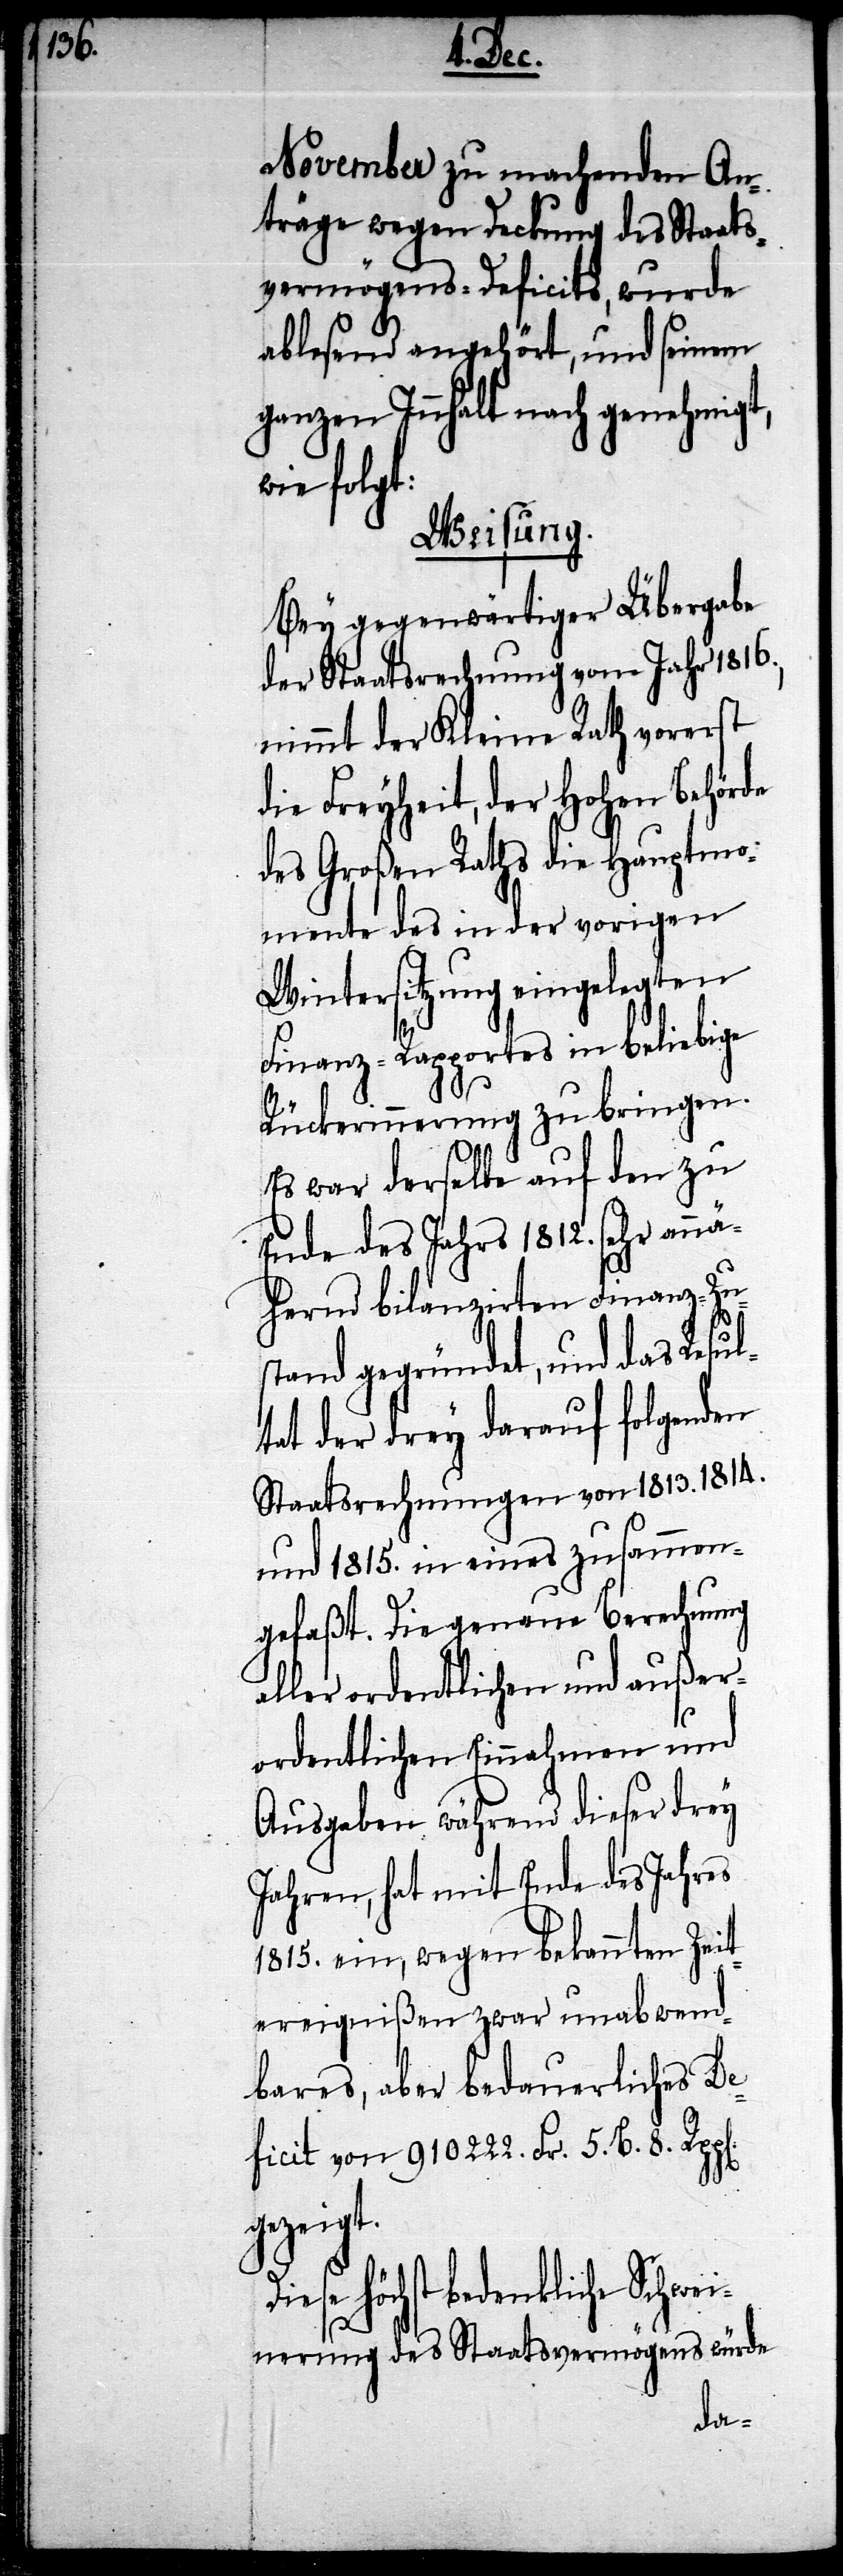
November zu machenden An¬
träge wegen Deckung des Staats¬
vermögens-Deficits, wurde
ablesend angehört, und seinem
ganzen Innhalt nach genehmigt,
wie folgt:
Weisung.
Bey gegenwärtiger Übergabe
der Staatsrechnung vom Jahr 1816.,
nimmt der Kleine Rath vorerst
die Freyheit, der hohen Behörde
des Großen Raths die Hauptmo¬
mente des in der vorigen
Wintersitzung eingelegten
Finanz-Rapportes in beliebige
Rückerinnerung zu bringen.
Es war derselbe auf den zu
Ende des Jahres 1812. sehr ann¬
ähernd bilanzirten Finanz-Zus¬
tand gegründet, und das Resu¬
ltat der drey drauf folgenden
Staatsrechnungen von 1813. 1814
und 1815. in eines zusammen¬
gefaßt. Die genaue Berechnung
aller ordentlichen und außer¬
ordentlichen Einnahmen und
Ausgaben während dieser drey
Jahren, hat mit Ende des Jahres
1815. ein, wegen bekannten Zeit¬
ereignißen zwar unabwend¬
bares, aber bedauerliches De¬
ficit von 910222. Fr. 5. B. 8. Rp¬
gezeigt.
iese höchst bedenkliche Schwei¬
nerung des Staatsvermögens würde
D¬